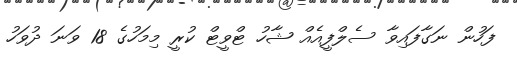
ފަހުން ނަގާފައިވާ ސެލްފީއެއް ޝާހު ޓްވީޓް ކުރީ މިމަހުގެ 18 ވަނަ ދުވަހު